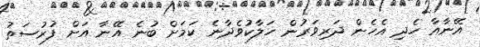
އޭނާއާ ހެދި އެހެން ދަރިވަރުން ހަލާކުވެދާނެ ކަމަށް ބުނެ އޭނާ އަށް ފުރުސަތު